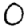
Digit: 0